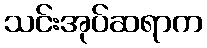
သင်းအုပ်ဆရာက